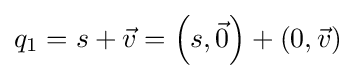
q_{1}=s+{\vec {v}}=\left(s,{\vec {0}}\right)+\left(0,{\vec {v}}\right)